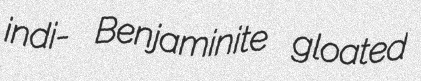
indi- Benjaminite gloated